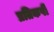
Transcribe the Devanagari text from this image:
प्रतिकर्षी